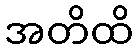
အတိထိ